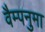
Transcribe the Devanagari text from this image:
वैम्पनुमा